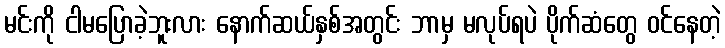
မင်းကို ငါမပြောခဲ့ဘူးလား နောက်ဆယ်နှစ်အတွင်း ဘာမှ မလုပ်ရပဲ ပိုက်ဆံတွေ ဝင်နေတဲ့